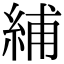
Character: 䋠